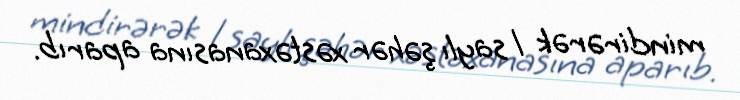
mindirərək 1 saylı şəhər xəstəxanasına aparıb.